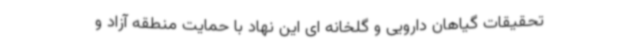
تحقیقات گیاهان دارویی و گلخانه ای این نهاد با حمایت منطقه آزاد و